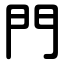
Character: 門